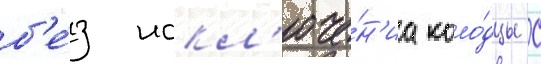
б'е́з искл'юче́н'иа коло́дцы с